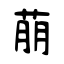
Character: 萠